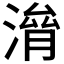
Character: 𣺃